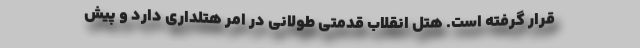
قرار گرفته است. هتل انقلاب قدمتی طولانی در امر هتلداری دارد و پیش